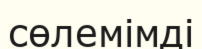
сөлемімді